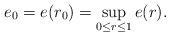
LaTeX: \begin{align*}e_0 = e(r_0) = \sup_{0 \leq r \leq 1} e(r).\end{align*}